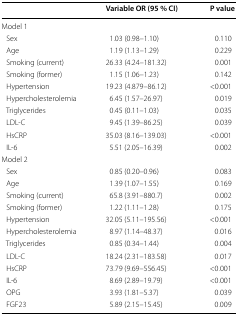
<table><thead><tr><td></td><td><b>Variable OR (95 % CI)</b></td><td><b>P value</b></td></tr></thead><tbody><tr><td colspan="3">Model 1</td></tr><tr><td> Sex</td><td>1.03 (0.98–1.10)</td><td>0.110</td></tr><tr><td> Age</td><td>1.19 (1.13–1.29)</td><td>0.229</td></tr><tr><td> Smoking (current)</td><td>26.33 (4.24–181.32)</td><td>0.001</td></tr><tr><td> Smoking (former)</td><td>1.15 (1.06–1.23)</td><td>0.142</td></tr><tr><td> Hypertension</td><td>19.23 (4.879–86.12)</td><td>&lt;0.001</td></tr><tr><td> Hypercholesterolemia</td><td>6.45 (1.57–26.97)</td><td>0.019</td></tr><tr><td> Triglycerides</td><td>0.45 (0.11–1.03)</td><td>0.035</td></tr><tr><td> LDL-C</td><td>9.45 (1.39–86.25)</td><td>0.039</td></tr><tr><td> HsCRP</td><td>35.03 (8.16–139.03)</td><td>&lt;0.001</td></tr><tr><td> IL-6</td><td>5.51 (2.05–16.39)</td><td>0.002</td></tr><tr><td colspan="3">Model 2</td></tr><tr><td> Sex</td><td>0.85 (0.20–0.96)</td><td>0.083</td></tr><tr><td> Age</td><td>1.39 (1.07–1.55)</td><td>0.169</td></tr><tr><td> Smoking (current)</td><td>65.8 (3.91–880.7)</td><td>0.002</td></tr><tr><td> Smoking (former)</td><td>1.22 (1.11–1.28)</td><td>0.175</td></tr><tr><td> Hypertension</td><td>32.05 (5.11–195.56)</td><td>&lt;0.001</td></tr><tr><td> Hypercholesterolemia</td><td>8.97 (1.14–48.37)</td><td>0.016</td></tr><tr><td> Triglycerides</td><td>0.85 (0.34–1.44)</td><td>0.004</td></tr><tr><td> LDL-C</td><td>18.24 (2.31–183.58)</td><td>0.017</td></tr><tr><td> HsCRP</td><td>73.79 (9.69–556.45)</td><td>&lt;0.001</td></tr><tr><td> IL-6</td><td>8.69 (2.89–19.79)</td><td>&lt;0.001</td></tr><tr><td> OPG</td><td>3.93 (1.81–5.37)</td><td>0.039</td></tr><tr><td> FGF23</td><td>5.89 (2.15–15.45)</td><td>0.009</td></tr></tbody></table>